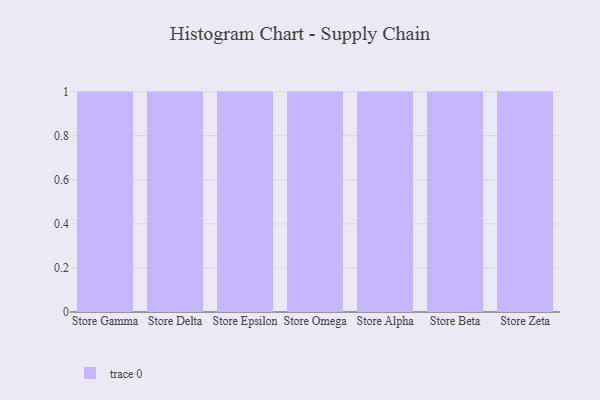
{"axis": {"x": "Store", "y": "Revenue (USD Million)"}, "legend": [""], "data": [{"x": "Store Gamma", "y": 58, "type": ""}, {"x": "Store Delta", "y": 81, "type": ""}, {"x": "Store Epsilon", "y": 49, "type": ""}, {"x": "Store Omega", "y": 67, "type": ""}, {"x": "Store Alpha", "y": 18, "type": ""}, {"x": "Store Beta", "y": 29, "type": ""}, {"x": "Store Zeta", "y": 13, "type": ""}]}